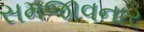
સમજાવનાર